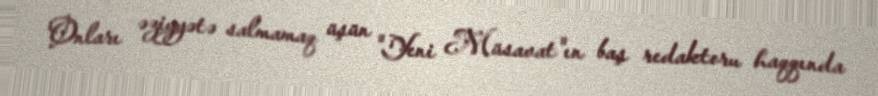
Onları əziyyətə salmamaq üşün "Yeni Müsavat"ın baş redaktoru haqqında